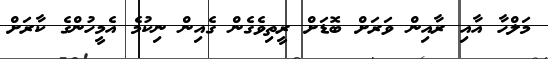
މަލްހާ އާއި ރާއިން ވަރަށް ބޮޑަށް ރީތިވެގެން ގެއިން ނިކުމެ އެމީހުންގެ ކާރަށް